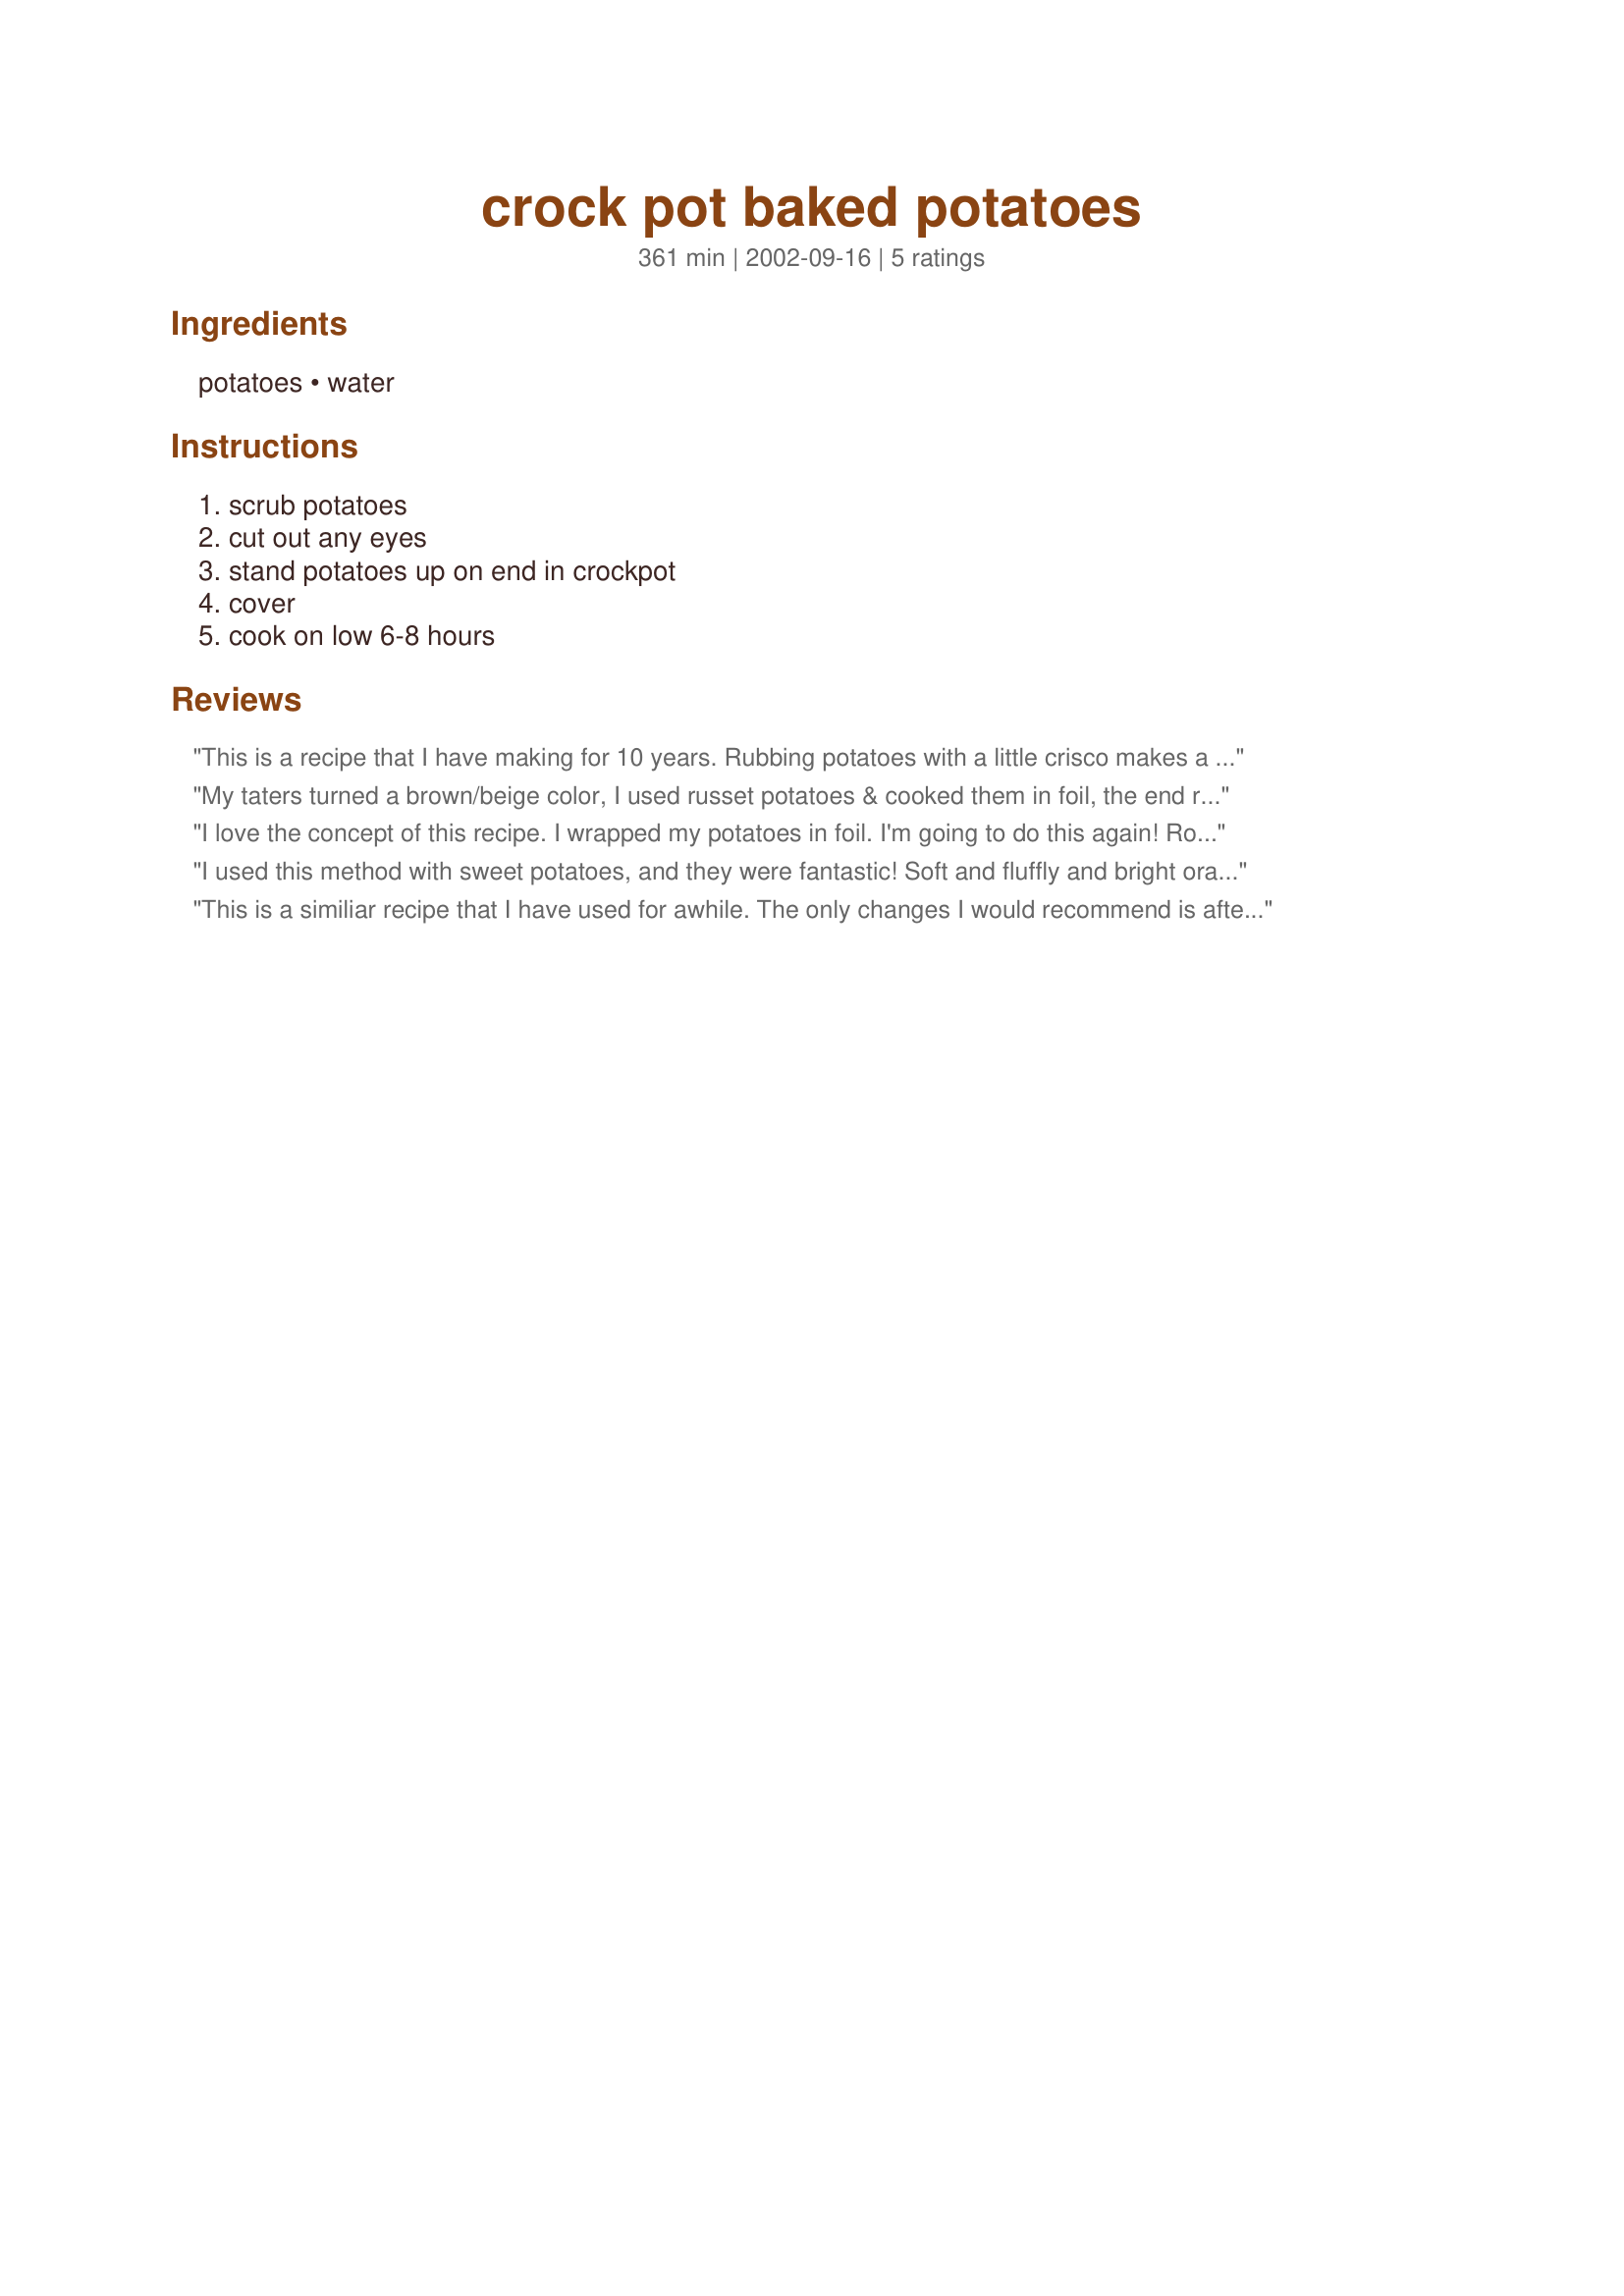
crock pot baked potatoes
Preparation time: 361 minutes

Ingredients:
potatoes, water

Steps:
scrub potatoes, cut out any eyes, stand potatoes up on end in crockpot, cover, cook on low 6-8 hours

Reviews:
This is a recipe that I have making for 10 years. Rubbing potatoes with a little crisco makes a great result. This is also a great way to take a portable supper---take bowls of sour cream, cheese, salsa, etc.
My taters turned a brown/beige color, I used russet potatoes & cooked them in foil, the end result was not the pretty fluffy white that I get from baking them in the oven.
I love the concept of this recipe. I wrapped my potatoes in foil. I'm going to do this again!

Roxygirl in Colo.
I used this method with sweet potatoes, and they were fantastic! Soft and fluffly and bright orange. I did not stand them up on end, just set them in the crock. Oh, and I sprayed them with olive oil spray before cooking. Thanks so much for the method, I'll be using it again and again!
This is a similiar recipe that I have used for awhile. The only changes I would recommend is after washing the potatoes rub the skin with butter and wrap in aluminum foil. Place in crockpot and cook as stated. This way you can have your potatoes ready when your meal is done.
